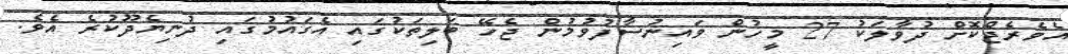
އެވެރެޖްކޮށް ދުވާލަކު 27 މީހުން ވައިނުސާފުވުމުން ޖެހޭ ބަލިތަކުގައި އެގައުމުގައި ދުނިޔެދޫކުރެ އެވެ.